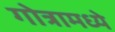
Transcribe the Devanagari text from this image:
गोत्रामध्ये